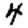
Digit: 4